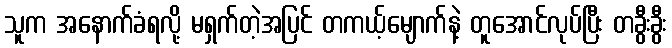
သူက အနောက်ခံရလို့ မရှက်တဲ့အပြင် တကယ့်မျောက်နဲ့ တူအောင်လုပ်ပြီး တခွီးခွီး